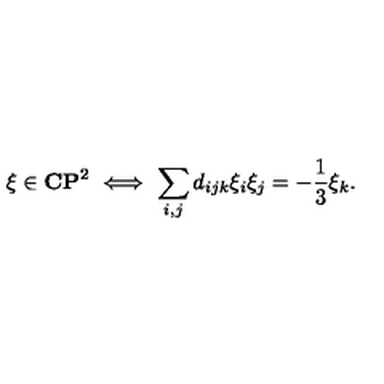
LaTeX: \xi \in { \bf C } { \bf P } ^ { 2 } \ \Longleftrightarrow \ \sum _ { i , j } d _ { i j k } \xi _ { i } \xi _ { j } = - \frac { 1 } { 3 } \xi _ { k } .